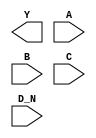
module sky130_fd_sc_hs__nor4b (
    Y  ,
    A  ,
    B  ,
    C  ,
    D_N
);

    output Y  ;
    input  A  ;
    input  B  ;
    input  C  ;
    input  D_N;

    // Voltage supply signals
    supply1 VPWR;
    supply0 VGND;

endmodule